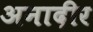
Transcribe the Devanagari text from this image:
अनादीर